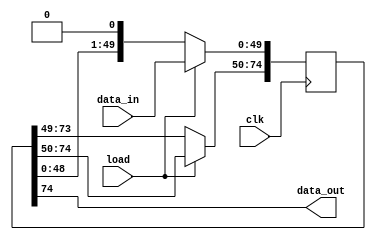
`timescale 1ns / 1ps

// Parallel in, serial out shift register
//
// Loads a new parallel input when the load input is high. Otherwise the
// parallel data is shifted out of the serial data_out output

// Disable shift register inferrence since this core is usually used for
// moving data from the output of an IP core to a device pin
(* altera_attribute = "-name AUTO_SHIFT_REGISTER_RECOGNITION OFF" *)
(* shreg_extract = "no" *)
module piso #(
    // Number of input bits
    parameter WIDTH      = 50,
    // Number of extra registers between the input and serial output
    parameter EXTRA_BITS = 25
)
(
    input              clk,
    input              load,
    input  [WIDTH-1:0] data_in,
    output             data_out
);
    // Check parameter values, though in most cases the tool will fail
    // elaboration and not get this far
    initial
    begin
        if ((WIDTH < 1) || (EXTRA_BITS < 0)) begin
            $display("Illegal parameter values WIDTH=%d, EXTRA_BITS=%d", WIDTH, EXTRA_BITS);
            $finish();
        end
    end

    localparam SR_WIDTH = WIDTH+EXTRA_BITS;

    reg [SR_WIDTH-1:0] data;

    assign data_out = data[SR_WIDTH-1];

    always @(posedge clk) begin
        if(load)
	        data[WIDTH-1:0] <= data_in;
        else if (SR_WIDTH > 1)
	        data <= {data[SR_WIDTH-2:0], 1'b0};
    end

endmodule